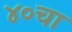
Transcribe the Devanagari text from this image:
४०चा